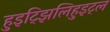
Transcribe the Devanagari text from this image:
हुइट्झिलिहुइट्ल